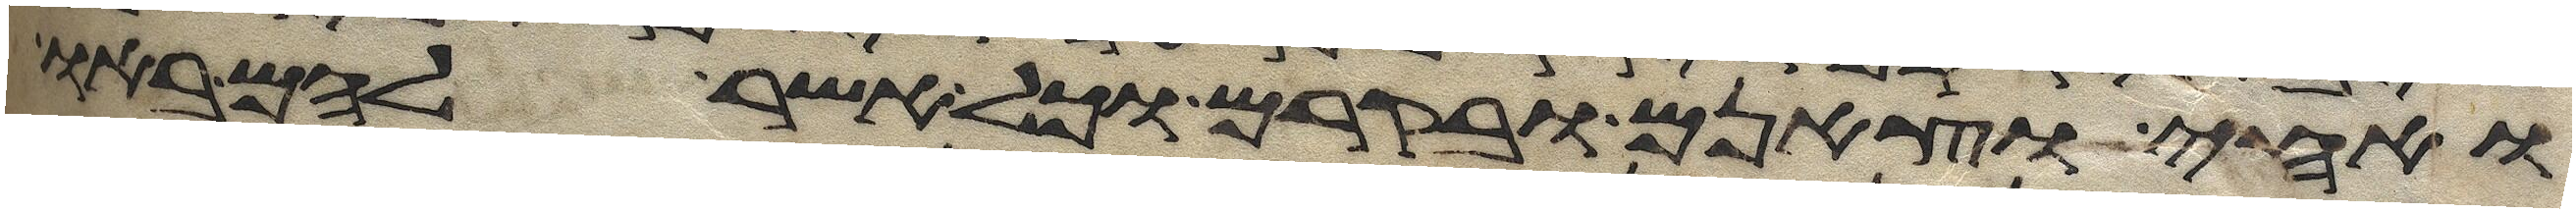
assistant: ואחי וצאנם ובקרם וכל אשר להם באו